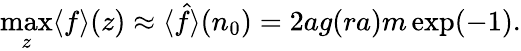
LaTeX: \operatorname*{max}_{z}\langle f\rangle(z)\approx\langle\hat{f}\rangle(n_{0})=2ag(ra)m\exp(-1).